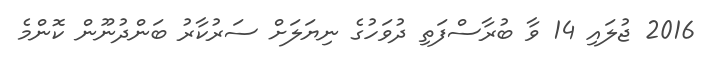
2016 ޖުލައި 14 ވާ ބުރާސްފަތި ދުވަހުގެ ނިޔަލަށް ސަރުކާރު ބަންދުނޫން ކޮންމެ